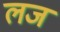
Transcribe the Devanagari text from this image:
लज